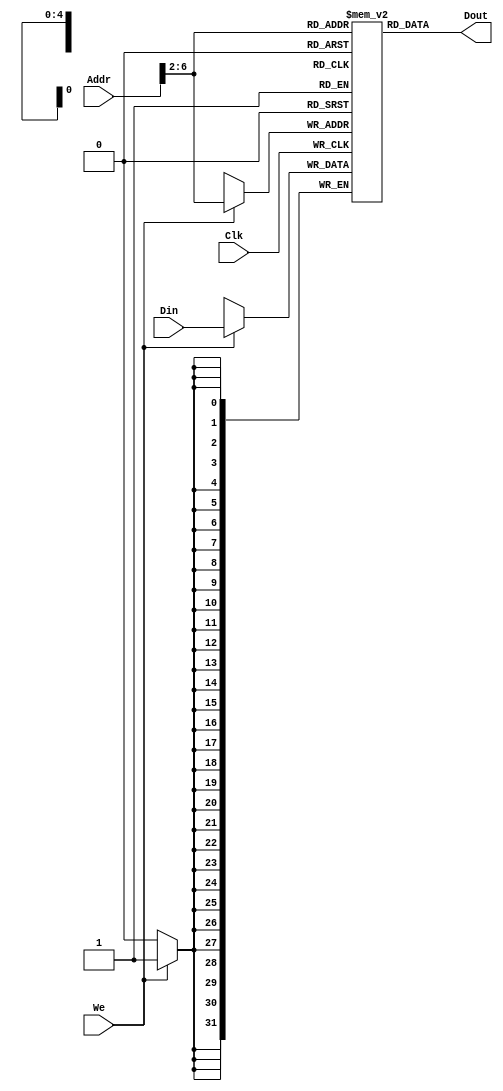
module DATAMEM(Addr,Din,Clk,We,Dout);
    input [31:0]Addr,Din;
    input Clk,We;
    output [31:0]Dout;
    reg[31:0] Ram[31:0];
    assign Dout=Ram[Addr[6:2]];
    always@(posedge Clk)
    begin
        if(We)
            Ram[Addr[6:2]]<=Din;
    end
    integer i;
    initial
    begin
        for(i=0;i<32;i=i+1)
            Ram[i]=0;
    end
endmodule